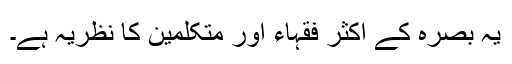
یہ بصرہ کے اکثر فقہاء اور متکلمین کا نظریہ ہے۔